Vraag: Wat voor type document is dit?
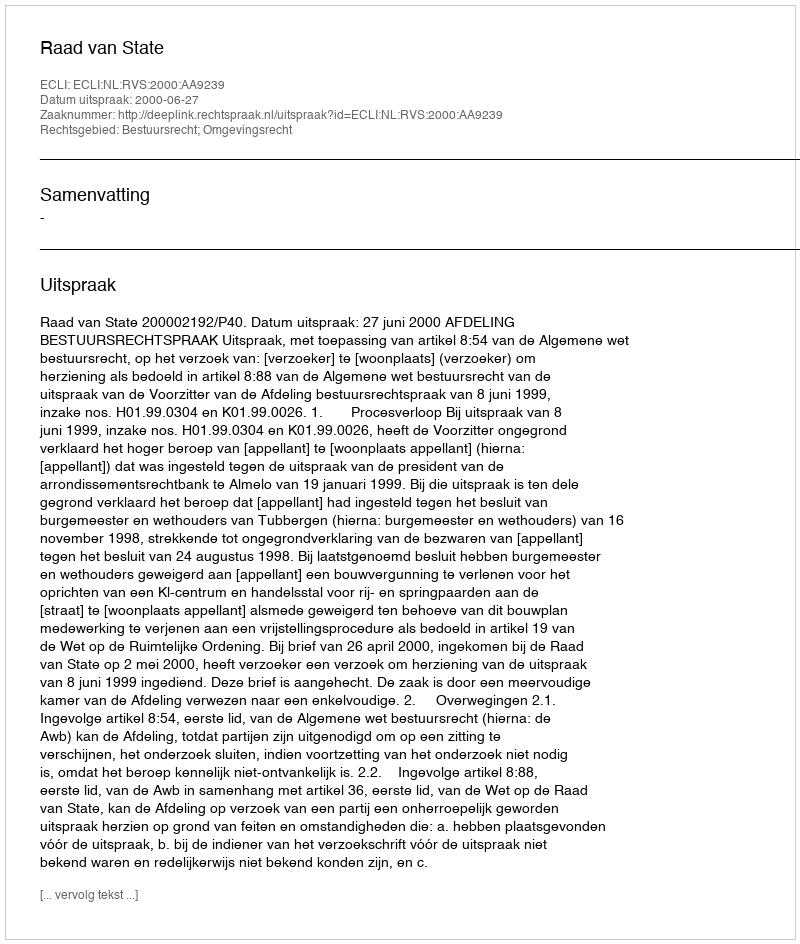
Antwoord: Uitspraak